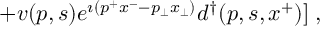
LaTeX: \; + v ( p , s ) e ^ { \imath ( p ^ { + } x ^ { - } - p _ { \perp } x _ { \perp } ) } d ^ { \dagger } ( p , s , x ^ { + } ) ] \; ,